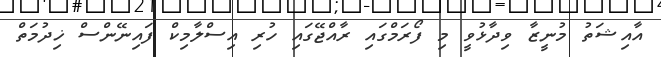
އާއިޝަތު މުނީޒާ ވިދާޅުވީ މި ފޯރަމްގައި ރާއްޖޭގައި ހުރި އިސްލާމިކް ފައިނޭންސް ޚިދުމަތް